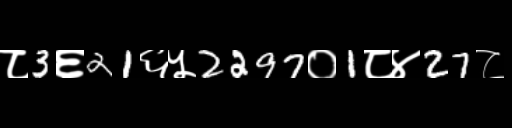
Text: ८3६21६५2297०1८४27८